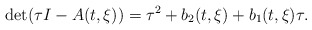
\begin{align*}{\rm det}(\tau I-A(t,\xi))=\tau^2+b_2(t,\xi)+b_1(t,\xi)\tau.\end{align*}